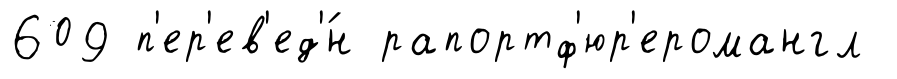
609 п'ер'ев'ед'́н рапортф'юр'еромангл